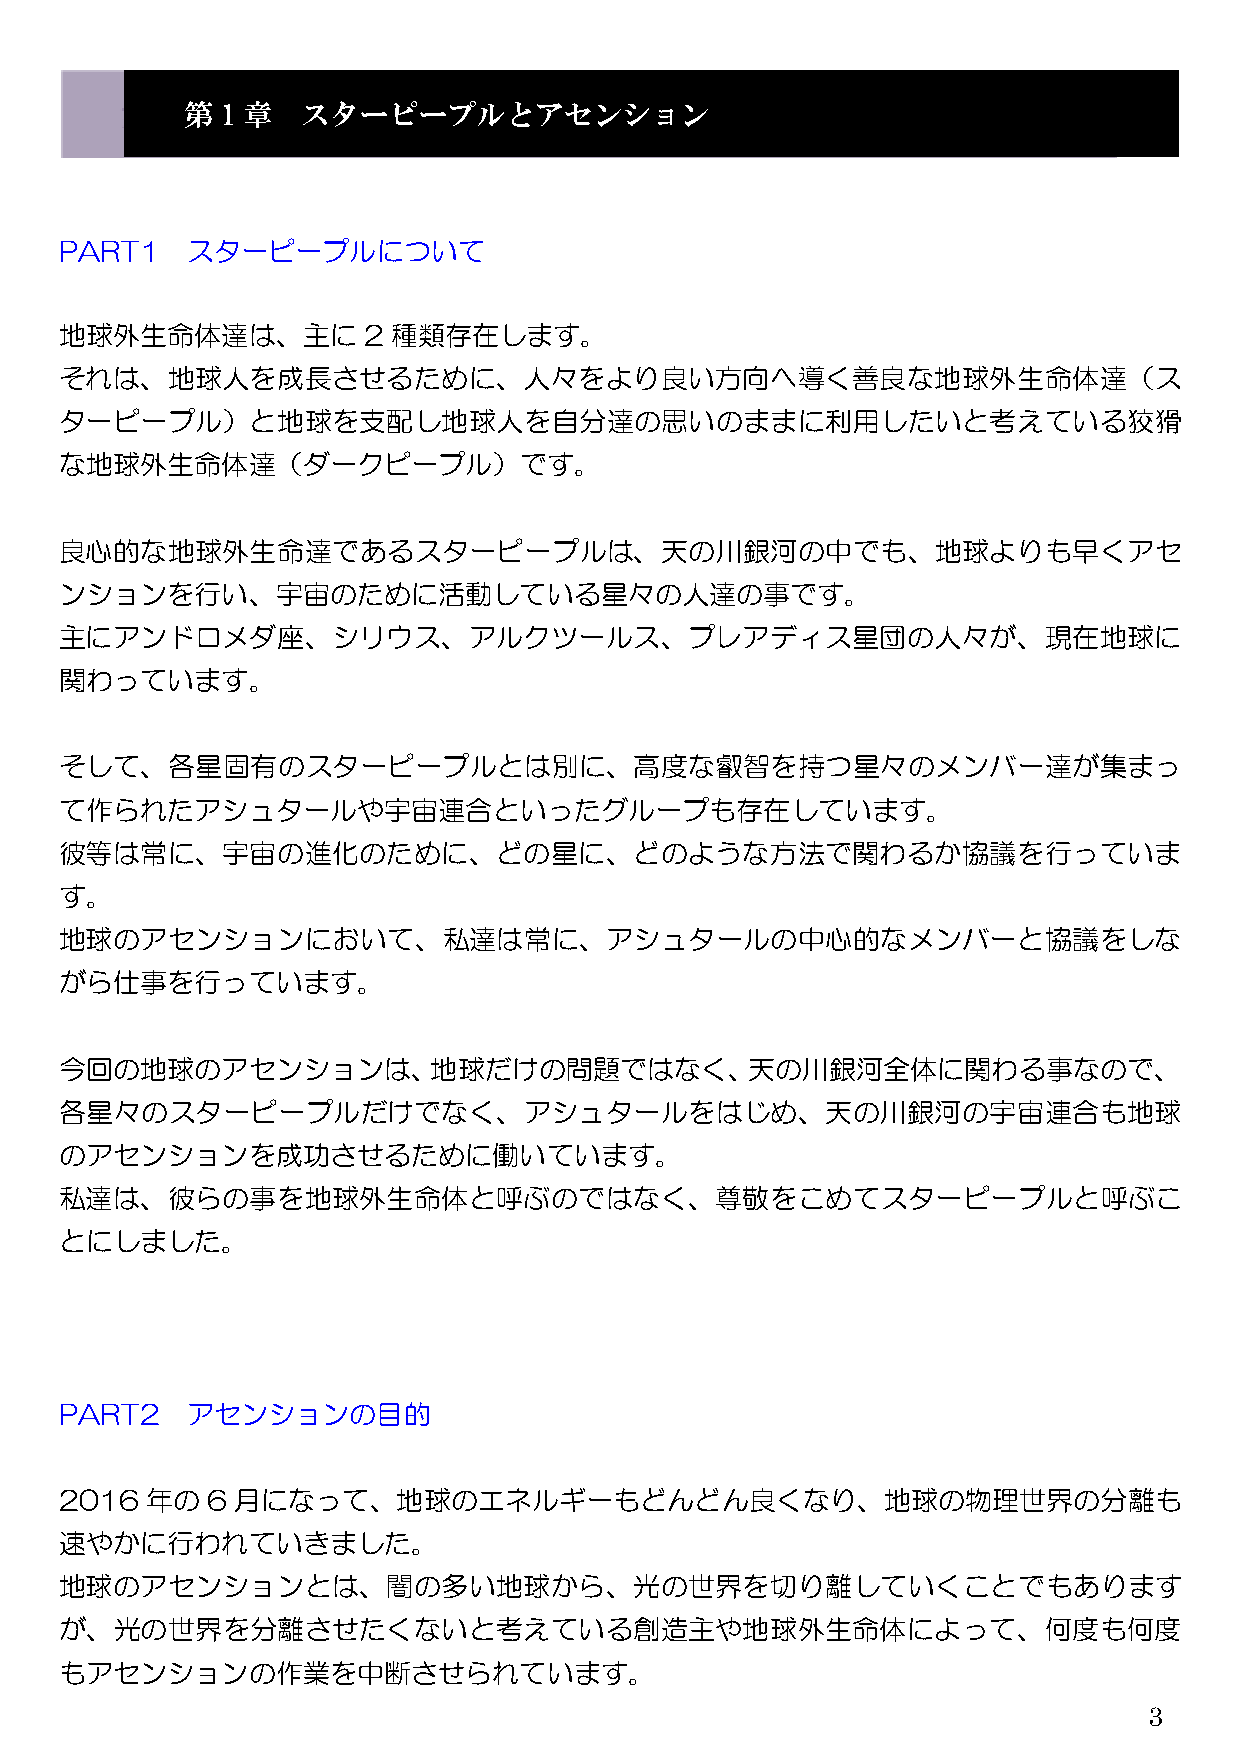
第  1 章  スターピープルとアセンション
 PART1   スターピープルについて
 地球外生命体達は、主に         2 種類存在します。
 それは、地球人を成長させるために、人々をより良い方向へ導く善良な地球外生命体達（ス
 ターピープル）と地球を支配し地球人を自分達の思いのままに利用したいと考えている狡猾
 な地球外生命体達（ダークピープル）です。
 良心的な地球外生命達であるスターピープルは、天の川銀河の中でも、地球よりも早くアセ
 ンションを行い、宇宙のために活動している星々の人達の事です。
 主にアンドロメダ座、シリウス、アルクツールス、プレアディス星団の人々が、現在地球に
 関わっています。
 そして、各星固有のスターピープルとは別に、高度な叡智を持つ星々のメンバー達が集まっ
 て作られたアシュタールや宇宙連合といったグループも存在しています。
 彼等は常に、宇宙の進化のために、どの星に、どのような方法で関わるか協議を行っていま
 す。
 地球のアセンションにおいて、私達は常に、アシュタールの中心的なメンバーと協議をしな
 がら仕事を行っています。
 今回の地球のアセンションは、地球だけの問題ではなく、天の川銀河全体に関わる事なので、
 各星々のスターピープルだけでなく、アシュタールをはじめ、天の川銀河の宇宙連合も地球
 のアセンションを成功させるために働いています。
 私達は、彼らの事を地球外生命体と呼ぶのではなく、尊敬をこめてスターピープルと呼ぶこ
 とにしました。
 PART2   アセンションの目的
 2016  年の  6 月になって、地球のエネルギーもどんどん良くなり、地球の物理世界の分離も
 速やかに行われていきました。
 地球のアセンションとは、闇の多い地球から、光の世界を切り離していくことでもあります
 が、光の世界を分離させたくないと考えている創造主や地球外生命体によって、何度も何度
 もアセンションの作業を中断させられています。
 3